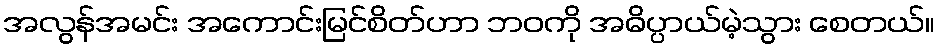
အလွန်အမင်း အကောင်းမြင်စိတ်ဟာ ဘဝကို အဓိပ္ပာယ်မဲ့သွား စေတယ်။